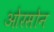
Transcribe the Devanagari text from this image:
ओरसोन